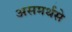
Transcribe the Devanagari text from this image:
असमर्थसे